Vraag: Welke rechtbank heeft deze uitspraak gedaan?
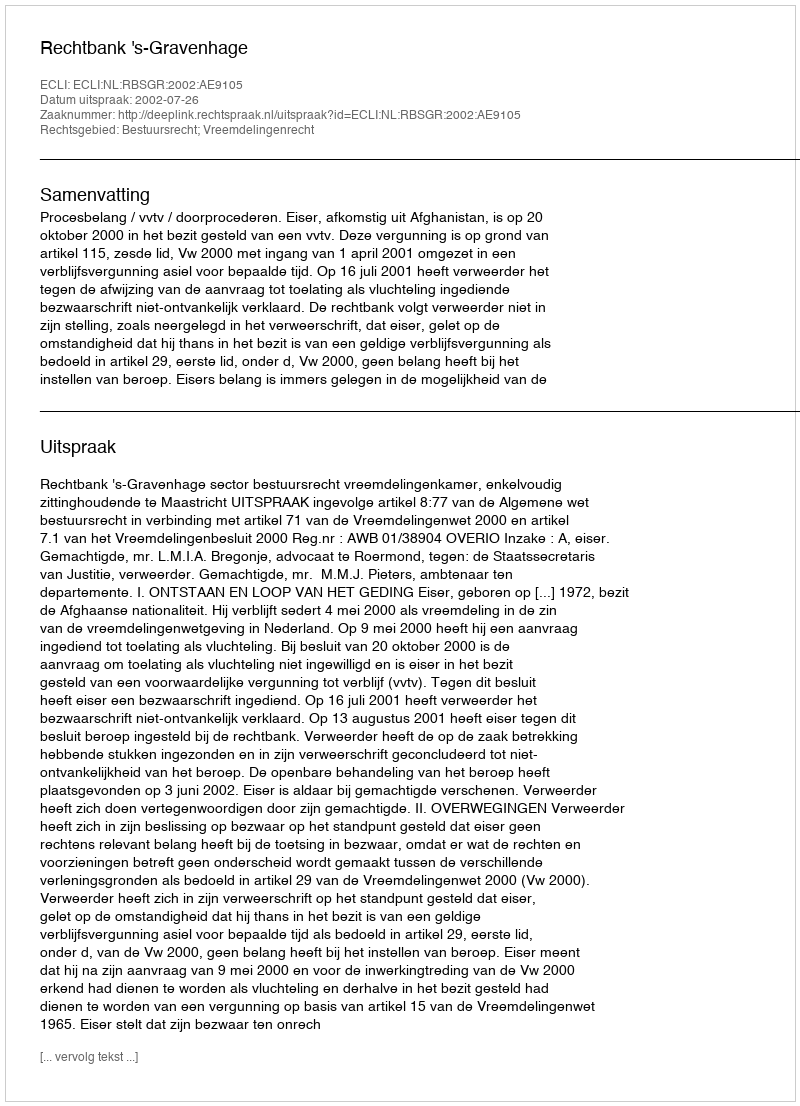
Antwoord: Rechtbank 's-Gravenhage